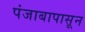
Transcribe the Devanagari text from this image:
पंजाबापासून